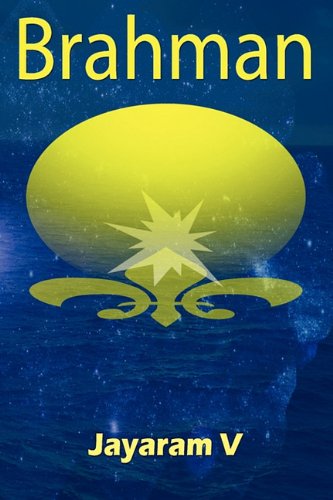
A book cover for Brahman; Jayaram V; Religion & Spirituality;